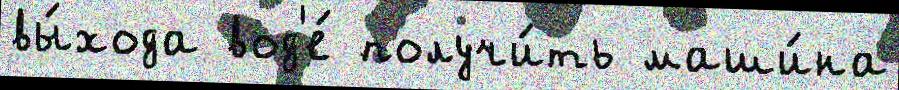
вы́хода вод'е́ получи́ть маши́на